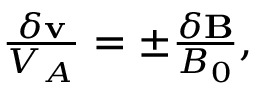
\begin{array} { r } { \frac { \delta \mathbf { v } } { V _ { A } } = \pm \frac { \delta \mathbf { B } } { B _ { 0 } } , } \end{array}